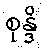
စုန္ဒိ